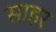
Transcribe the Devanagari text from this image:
साहर